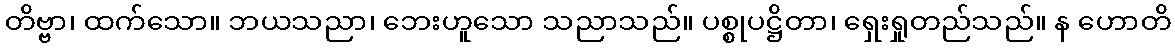
တိဗ္ဗာ၊ ထက်သော။ ဘယသညာ၊ ဘေးဟူသော သညာသည်။ ပစ္စုပဋ္ဌိတာ၊ ရှေးရှုတည်သည်။ န ဟောတိ